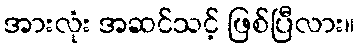
အားလုံး အဆင်သင့် ဖြစ်ပြီလား။